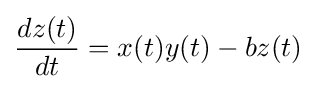
{\frac {dz(t)}{dt}}=x(t)y(t)-bz(t)